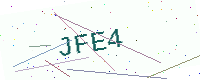
Text: JFE4